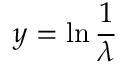
y = \ln { \frac { 1 } { \lambda } }